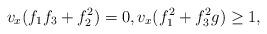
LaTeX: \begin{align*}v_x(f_1 f_3 + f_2^2) = 0, v_x(f_1^2 + f_3^2 g) \geq 1,\end{align*}